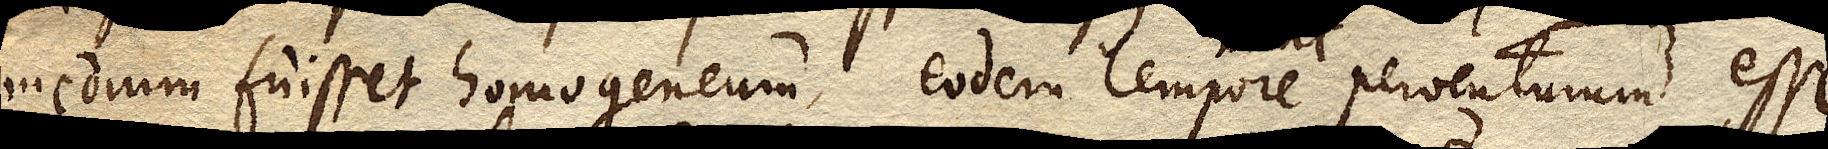
medium fuisset homogeneum, eodem tempore perventurum esse